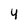
Character: Y